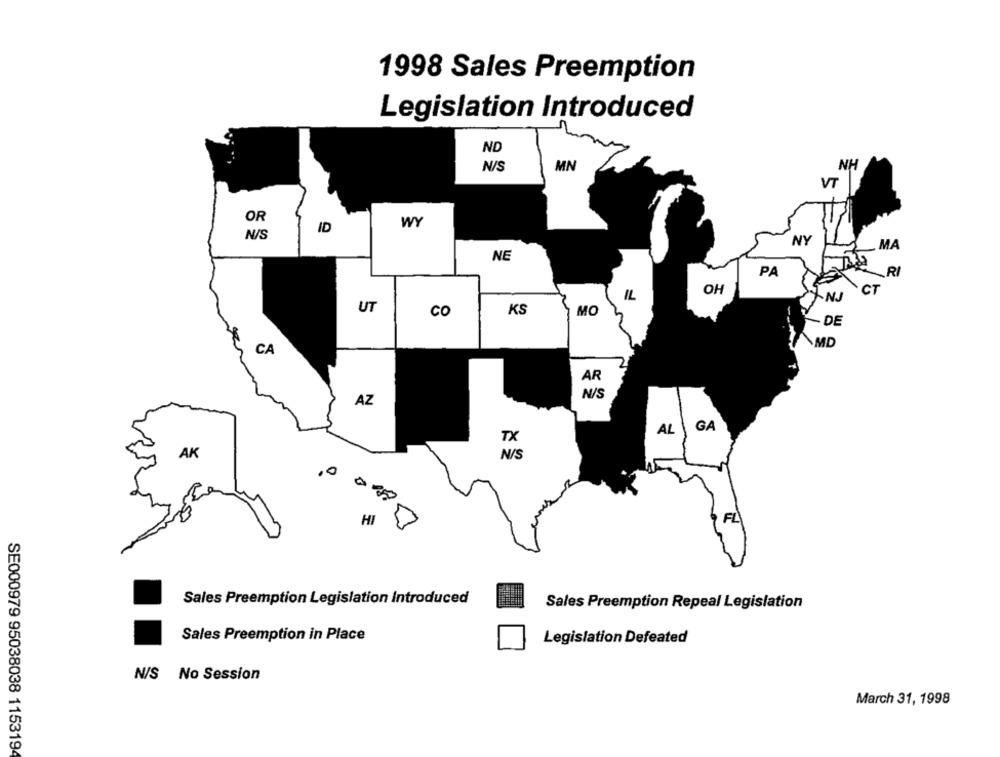
1998 Sales Preemption
Legislation Introduced
ND
N/S
MN
NH
VT
OR
WY
ID
N/S
NY
MA
NE
PA
RI
OH
CT
IL
-NJ
UT
KS
CO
MO
- DE
MD
CA
AR
AZ
N/S
AL
GA
TX
N/S
AK
,0
158
HI
FL
Sales Preemption Legislation Introduced
Sales Preemption Repeal Legislation
Sales Preemption in Place
Legislation Defeated
N/S No Session
March 31, 1998
SE000979 95038038 115319